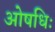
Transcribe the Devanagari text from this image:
ओषधिः